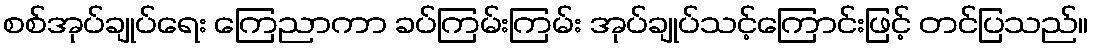
စစ်အုပ်ချုပ်ရေး ကြေညာကာ ခပ်ကြမ်းကြမ်း အုပ်ချုပ်သင့်ကြောင်းဖြင့် တင်ပြသည်။